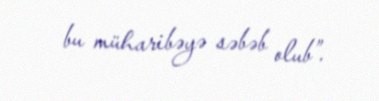
bu müharibəyə səbəb olub”.